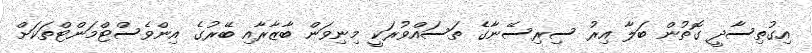
އިގުތިސާދީ ގޮތުން ބަލާ އިރު ސިރިސޭނާގެ ތަސައްވުރަކީ މިނިވަން ބާޒާރާއި ބޭރުގެ އިންވެސްޓްމަންޓްތަކަށް